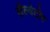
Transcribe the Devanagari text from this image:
सैल्वेटोर